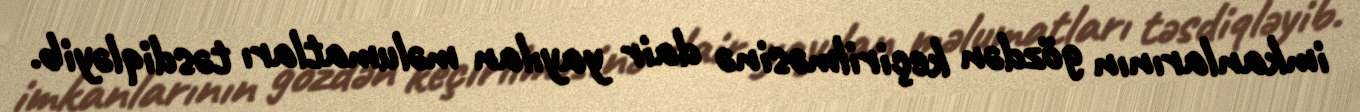
imkanlarının gözdən keçirilməsinə dair yayılan məlumatları təsdiqləyib.